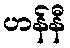
ဟန်နီ